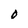
Character: O